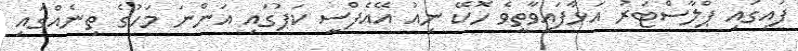
ފައިގައި ޕްލާސްޓަރު އަޅާފައިވާތީވެ ހޮކޭ ނިއު އޭއެފްސީ ކަޕުގައި އަންނަ މަހުގެ ތިނެއްގައި